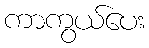
ကာကွယ်ပေး